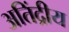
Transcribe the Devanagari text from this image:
अतिंद्रीय